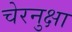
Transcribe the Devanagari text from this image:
चेरनुक्षा